Vaccination in Bombay 1924-1928 - 1924-1928
Year: 1924
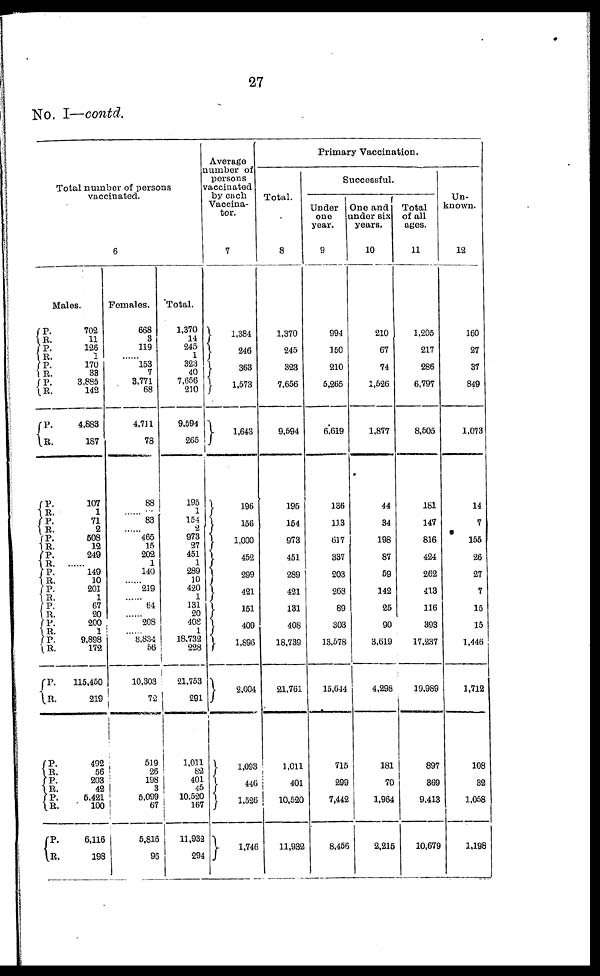
27
No. I—contd.
Total number of persons
vaccinated.
6
Males.
P.
R.
P.
R.
P.
R.
P.
R.
P.
R.
P.
R.
P. R.
P.
R.
P.
R. P.
R.
P.
R.
P.
R.
P.
R.
P.
R.
P.
R.
P.
R.
P.
R.
P.
R.
P.
R.
702
11
126
1
170
33
3,885
142
4,883
187
107
1
71
2
508
12
249
......
149
10
201
1
67
20
200
1
9,898
172
115,450
219
492
56
203
42
5,421
100
6,116
198
Females.
668
3
119
......
153
7
3,771
68
4,711
78
88
......
83
......
465
15
202
1
140
......
219
...
64
......
208
......
8,834
56
10,303
72
519
26
198
3
5,099
67
5,816
96
Total.
1,370
14
245
1
323
40
7,656
210
9,594
265
195
1
154
2
973
27
451
1
289
10
420
1
131
20
408
1
18,732
228
21,753
291
1,011
82
401
45
10,520
167
11,932
294
Average
number of
persons
vaccinated
by each
Vaccina¬
tor.
7
1,384
246
360
1,573
1,643
196
156
1,000
452
299
421
151
409
1,896
2,004
1,093
446
1,526
1,746
Primary Vaccination.
Total.
8
1,370
245
323
7,656
9,594
195
154
973
451
289
421
131
408
18,739
21,761
1,011
401
10,520
11,932
Successful.
Under
one
year.
9
994
150
210
5,265
6,619
136
113
617
337
203
268
89
303
13,578
15,644
715
299
7,442
8,456
One and
under six
years.
10
210
67
74
1,526
1,877
44
34
198
87
59
142
25
90
3,619
4,298
181
70
1,964
2,215
Total
of all
ages.
11
1,205
217
286
6,797
8,505
181
147
816
424
262
413
116
393
17,237
19,989
897
369
9,413
10,679
Un-
known.
12
160
27
37
849
1,073
14
7
155
26
27
7
15
15
1,446
1,712
108
32
1,058
1,198